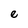
Character: e